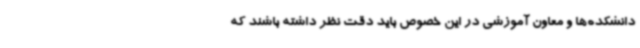
دانشکده‌ها و معاون آموزشی در این خصوص باید دقت نظر داشته باشند که